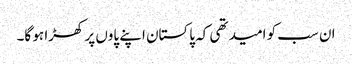
ان سب کو امید تھی کہ پاکستان اپنے پاوں پر کھڑا ہو گا۔